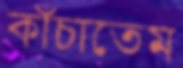
কাঁচাতেম